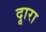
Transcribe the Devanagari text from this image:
दूारा